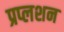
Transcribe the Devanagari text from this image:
प्रप्लशन